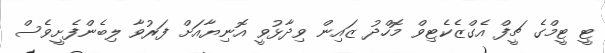
ޓީ ޓީމްގެ ޗީފް އެގްޒެކެޓިވް މޮހްދު ޒައިން ވިދާޅުވީ އޮނިޔާއަށް ފަރުވާ ލިބެންފެށީވެސް